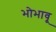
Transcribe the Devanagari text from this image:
भोभावू